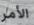
الأمر